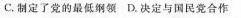
C.制定了党的最低纲领 D.决定与国民党合作